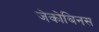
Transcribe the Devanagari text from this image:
जेकोबिनस